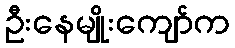
ဦးနေမျိုးကျော်က